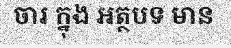
ចារ ក្នុង អត្ថបទ មាន